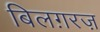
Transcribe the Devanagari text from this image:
बिलग़रज़